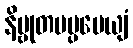
နိဗ္ဗုတမပ္ပမေယျံ